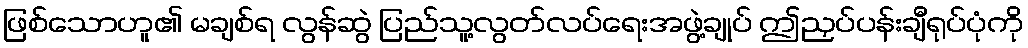
ဖြစ်သောဟူ၏ မချစ်ရ လွန်ဆွဲ ပြည်သူ့လွတ်လပ်ရေးအဖွဲ့ချုပ် ဤညှပ်ပန်းချီရုပ်ပုံကို